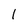
Character: 1